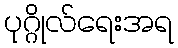
ပုဂ္ဂိုလ်ရေးအရ